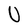
Character: U